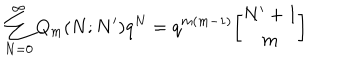
LaTeX: \sum _ { N = 0 } ^ { \infty } Q _ { m } ( N ; N ^ { \prime } ) q ^ { N } = q ^ { m ( m - 1 ) } { N ^ { \prime } + 1 \atopwithdelims [ ] m }